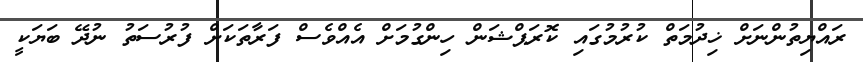
ރައްޔިތުންނަށް ޚިދުމަތް ކުރުމުގައި ކޮރަޕްޝަން ހިންގުމަށް އެއްވެސް ފަރާތަކަށް ފުރުސަތު ނުދޭ ބަޔަކީ